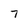
Character: 7